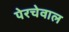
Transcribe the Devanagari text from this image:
पेरचेवाल